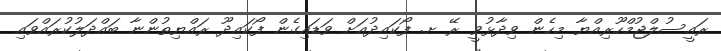
ރައީސުލްޖުމްހޫރިއްޔާ މިހެން ވިދާޅުވީ ރޭ ށ. ފޯކައިދުއަށް ވަޑައިގެން ފޯކައިދޫ ރައްޔިތުންނާ ބައްދަލުކުރައްވައި